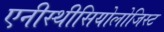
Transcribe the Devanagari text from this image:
एनीस्थीसियोलोजिस्ट